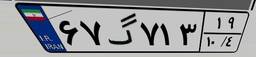
۵۸گ۴۳۱۳۱